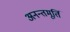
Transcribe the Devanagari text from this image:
अनन्तमूर्ति